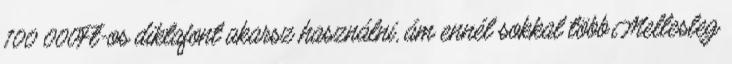
100 000Ft-os diktafont akarsz használni, ám ennél sokkal több.Mellesleg